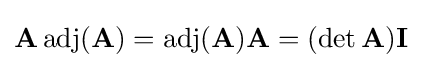
\mathbf {A} \operatorname {adj} (\mathbf {A} )=\operatorname {adj} (\mathbf {A} )\mathbf {A} =(\det \mathbf {A} )\mathbf {I}